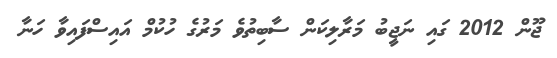
ޖޫން 2012 ގައި ނަޖީބު މަރާލިކަން ސާބިތުވެ މަރުގެ ހުކުމް އައިސްފައިވާ ހަނާ